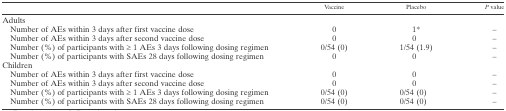
<table><thead><tr><td></td><td><b>Vaccine</b></td><td><b>Placebo</b></td><td><b><i>P</i> value</b></td></tr></thead><tbody><tr><td colspan="4">Adults</td></tr><tr><td> Number of AEs within 3 days after first vaccine dose</td><td>0</td><td>1*</td><td>–</td></tr><tr><td> Number of AEs within 3 days after second vaccine dose</td><td>0</td><td>0</td><td>–</td></tr><tr><td> Number (%) of participants with ≥ 1 AEs 3 days following dosing regimen</td><td>0/54 (0)</td><td>1/54 (1.9)</td><td>–</td></tr><tr><td> Number (%) of participants with SAEs 28 days following dosing regimen</td><td>0</td><td>0</td><td>–</td></tr><tr><td colspan="4">Children</td></tr><tr><td> Number of AEs within 3 days after first vaccine dose</td><td>0</td><td>0</td><td>–</td></tr><tr><td> Number of AEs within 3 days after second vaccine dose</td><td>0</td><td>0</td><td>–</td></tr><tr><td> Number (%) of participants with ≥ 1 AEs 3 days following dosing regimen</td><td>0/54 (0)</td><td>0/54 (0)</td><td>–</td></tr><tr><td> Number (%) of participants with SAEs 28 days following dosing regimen</td><td>0/54 (0)</td><td>0/54 (0)</td><td>–</td></tr></tbody></table>